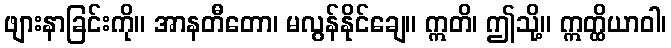
ဖျားနာခြင်းကို။ အာနတီတော၊ မလွန်နိုင်ချေ။ ဣတိ၊ ဤသို့။ ဣတ္ထိယာဝါ၊